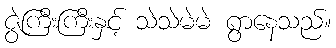
ဇွဲကြီးကြီးနှင့် သဲသဲမဲမဲ ရွာနေသည်။